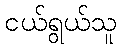
ငယ်ရွယ်သူ